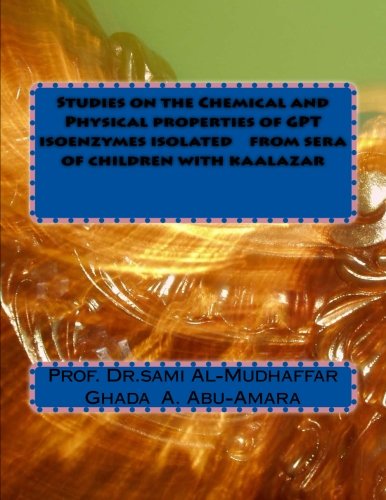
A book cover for Studies on the Chemical and Physical properties of GPT isoenzymes isolated    from sera of children with kaalazar; Prof sami A. Al-Mudhaffar Dr.; Science & Math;